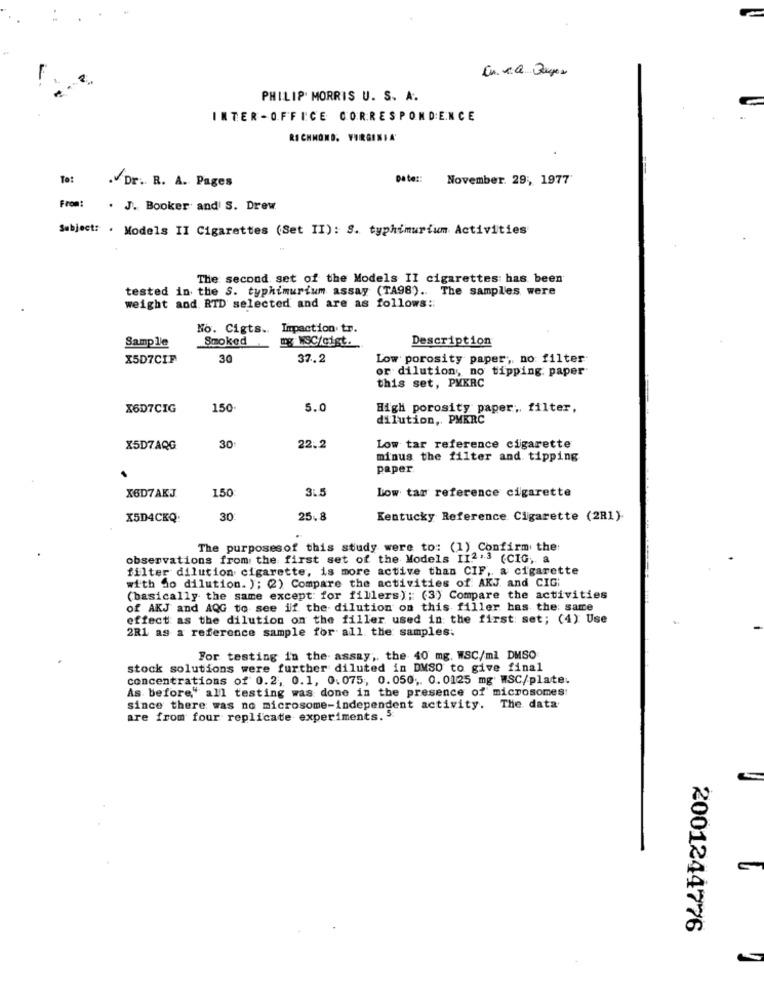
PHILIP MORRIS U. S. A.
INTER -OFFICE CORRESPONDENCE
RICHMOND, VIRGINIA'
--
To:
pete:
November. 29, 1977
.Dr. R. A. Pages
From: . J. Booker and S. Drew
Subject: . Models II Cigarettes (Set II): S. typhimurium Activities
The second set of the Models II cigarettes has been
tested in the S. typhimurium assay (TA98) .. The samples were
weight and RTD selected and are as follows ::
No. Cigts. Impaction tr.
Sample
Smoked
Description
mg WSC/cist.
X5D7CIF
30
37.2
Low porosity paper, no filter
or dilution, no tipping paper
this set, PXKRC
X6D7CIG
150
5.0
High porosity paper, filter,
dilution ,. PMKRC
X5D7AQG
30
22.2
Low tar reference cigarette
minus the filter and tipping
paper
X6D7AKJ
150
3.5
Low tar reference cigarette
X5D4CKQ:
30
25.8
Kentucky Reference Cigarette (2R1).
The purposesof this study were to: (1) Confirm the
observations from the first set of the Models II.2.3 (CIG, a
filter dilution cigarette, is more active than CIF, a cigarette
with do dilution. ); (2) Compare the activities of AKJ and CIG:
(basically the same except for fillers): (3) Compare the activities
of AKJ and AQG to see if the dilution on this filler has the same
effect as the dilution on the filler used in the first: set; (4) Use
2R1 as a reference sample for all the samples.
For testing in the assay, the 40 mg. WSC/ml DMSO
stock solutions were further diluted in DMSO to give final
concentrations of 0.2, 0.1, 0.075, 0.050. 0.0125 mg WSC/plate.
As before" all testing was done in the presence of microsomes
since there was no microsome-independent activity. The data
are from four replicate experiments. 5:
2001244776